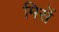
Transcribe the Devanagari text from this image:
मिसें